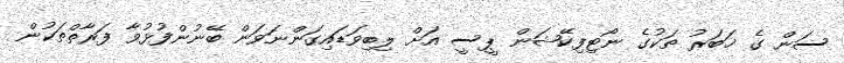
ސަން ގެ ޚަބަރު ތަކުގެ ނޯޓިފިކޭޝަން ޕީސީ އަށް ލިބިވަޑައިގަންނަވަން ބޭނުންފުޅުވާ ފަރާތްތަކުން